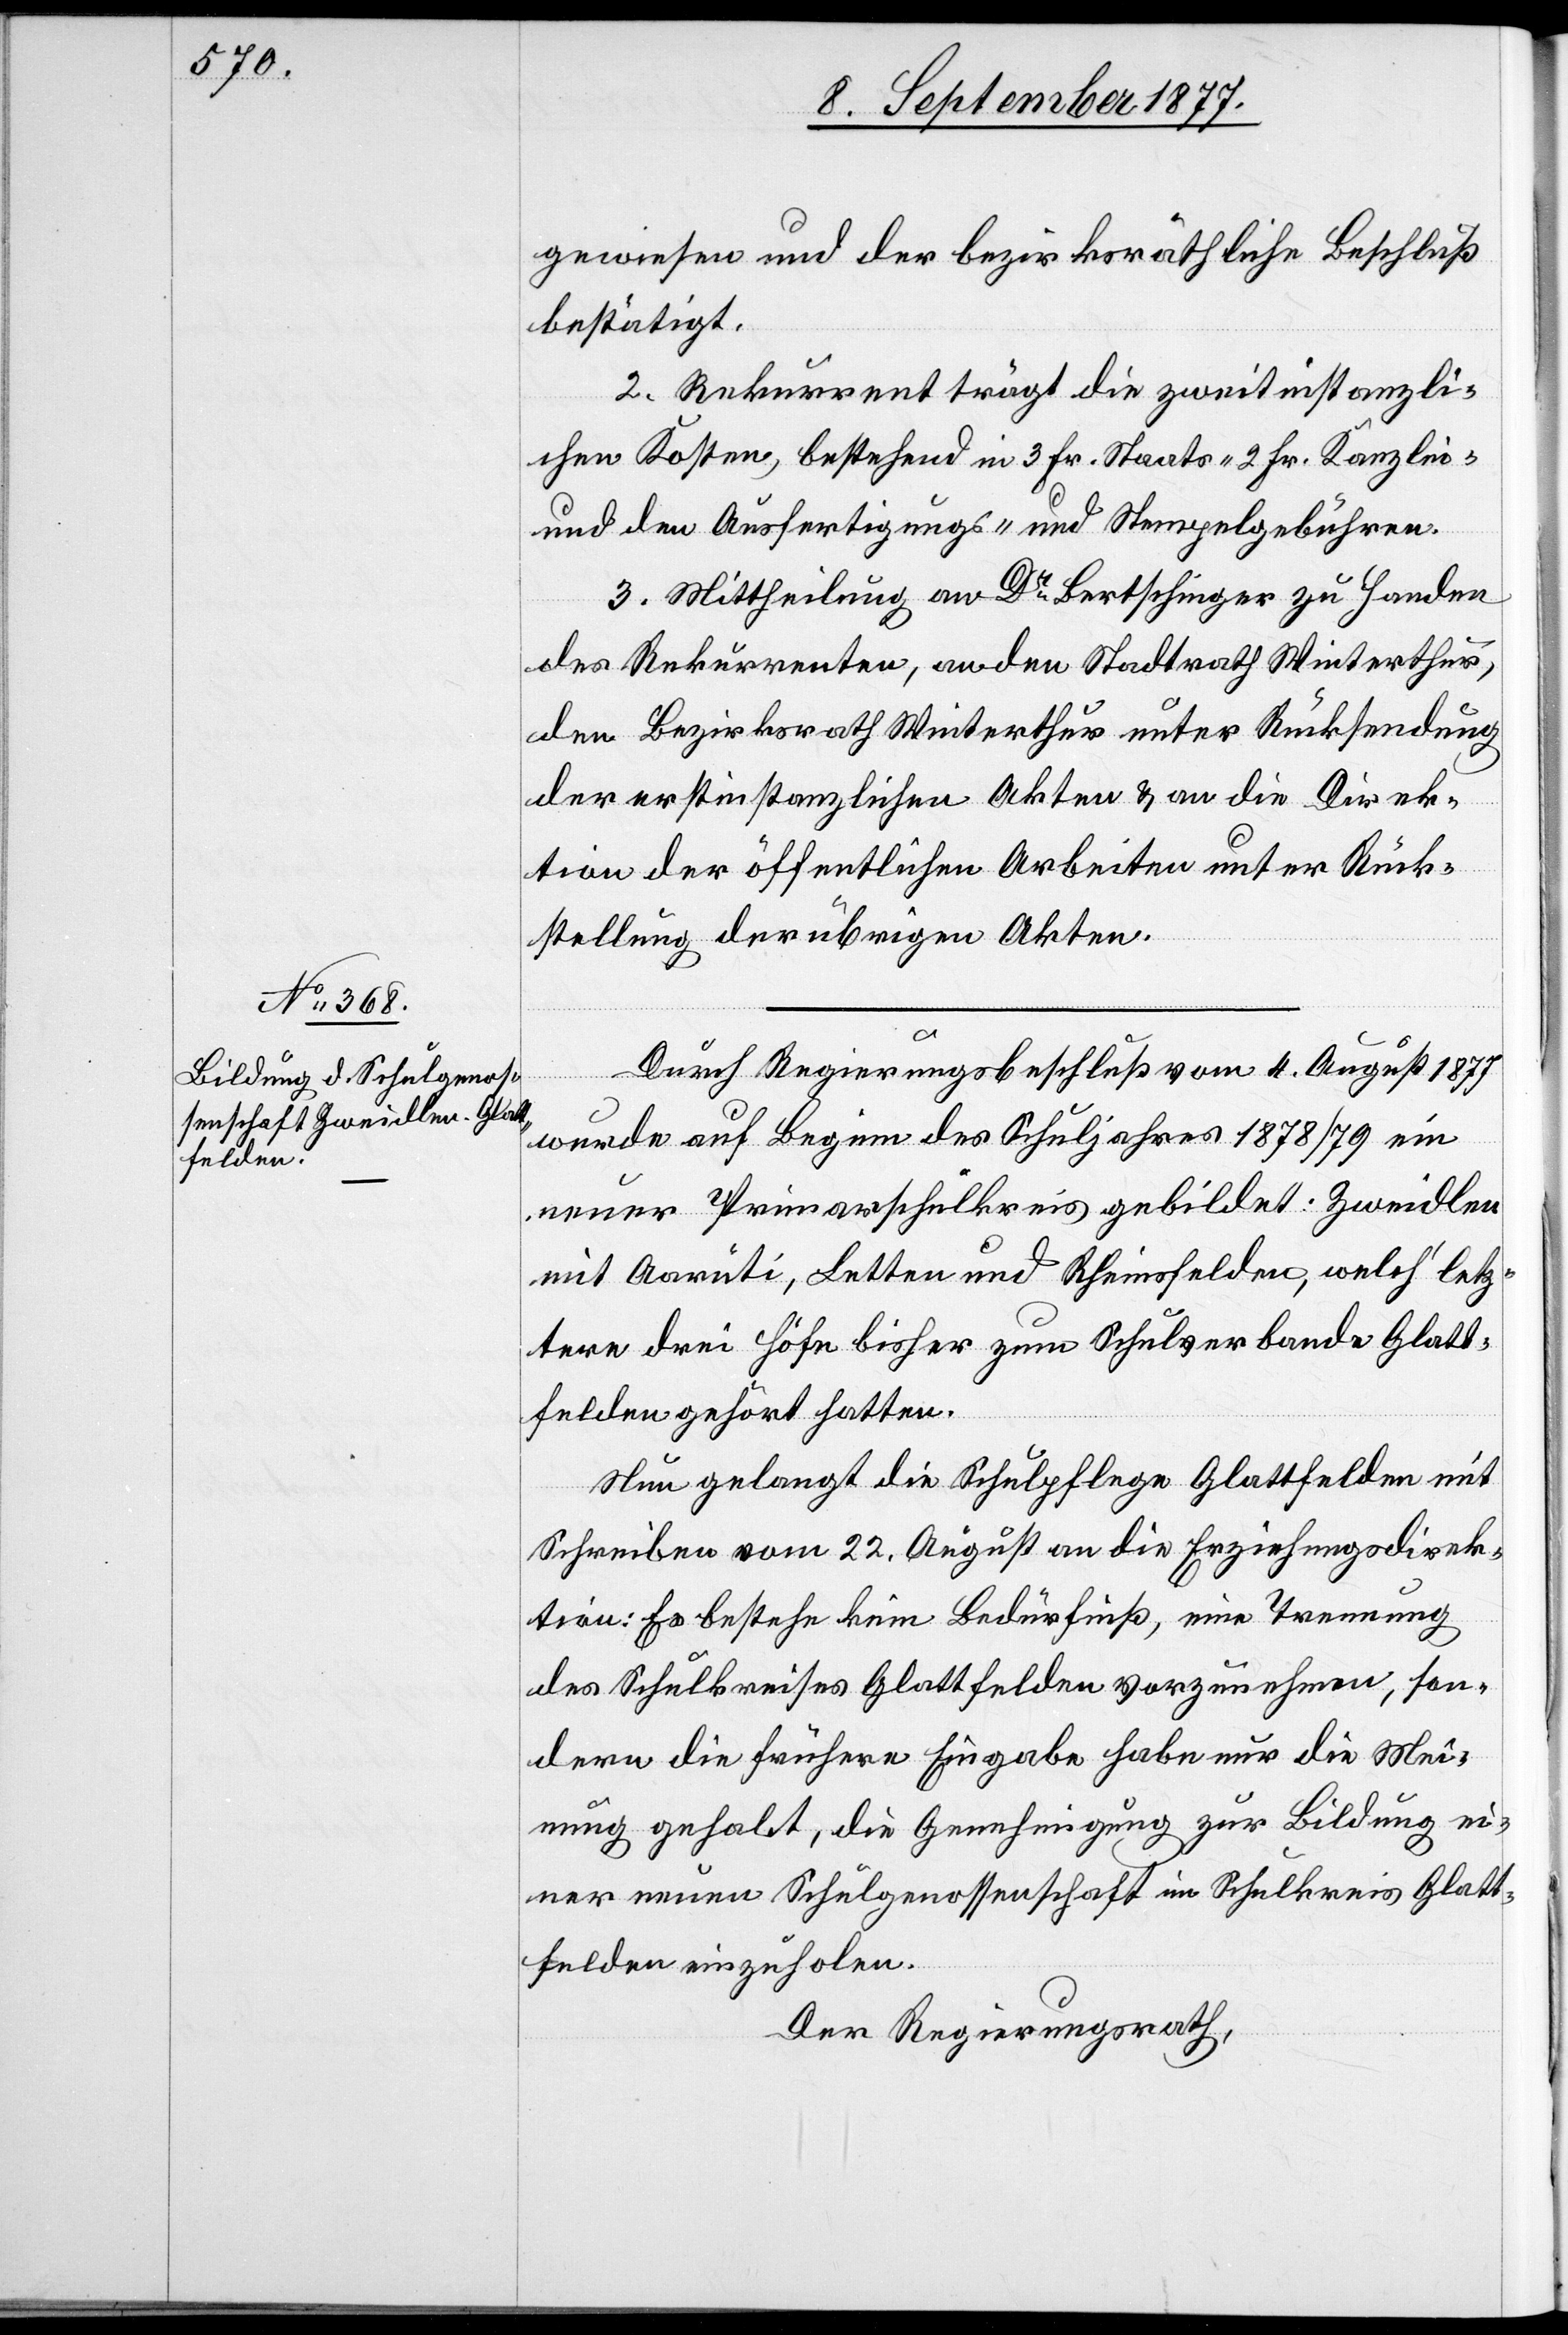
gewiesen und der bezirksräthliche Beschluß
bestätigt.
2. Rekurrent trägt die zweitinstanzli¬
chen Kosten, bestehend in 3 Fr. Staats-[,] 2 Fr. Kanzlei-
und den Ausfertigungs- und Stempelgebühren.
3. Mittheilung an Dr Bertschinger zu Handen
des Rekurrenten, an den Stadtrath Winterthur,
den Bezirksrath Winterthur unter Rücksendung
der erstinstanzlichen Akten & an die Direk¬
tion der öffentlichen Arbeiten unter Rück¬
stellung der übrigen Akten.
Durch Regierungsbeschluß vom 4. August 1877
wurde auf Beginn des Schuljahres 1878/79 ein
neuer Primarschulkreis gebildet: Zweidlen
mit Aarüti, Letten und Rheinsfelden, welch‘ letz¬
tere drei Höfe bisher zum Schulverbande Glatt¬
felden gehört hatten.
Nun gelangt die Schulpflege Glattfelden mit
Schreiben vom 22. August an die Erziehungsdirek¬
tion: Es bestehe kein Bedürfniß, eine Trennung
des Schulkreises Glattfelden vorzunehmen, son¬
dern die frühere Eingabe habe nur die Mei¬
nung gehabt, die Genehmigung zur Bildung ei¬
ner neuen Schulgenossenschaft im Schulkreis Glatt¬
felden einzuholen.
Der Regierungsrath,